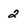
Character: 2